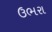
ઉભરા